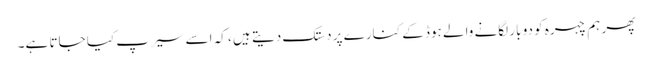
پھر ہم چہرہ کو دو بار لگانے والے ہوڈ کے کنارے پر دستک دیتے ہیں ، کہ اسے سیرپ کیا جاتا ہے۔